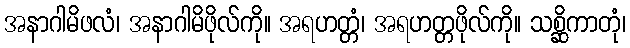
အနာဂါမိဖလံ၊ အနာဂါမိဖိုလ်ကို။ အရဟတ္တံ၊ အရဟတ္တဖိုလ်ကို။ သစ္ဆိကာတုံ၊